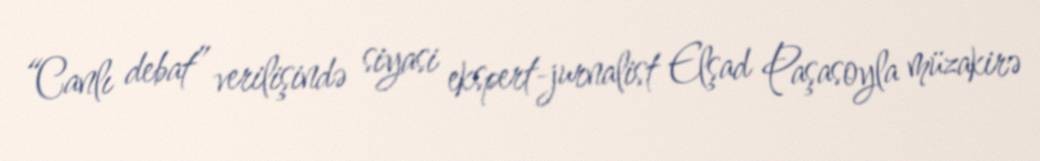
“Canlı debat” verilişində siyasi ekspert-jurnalist Elşad Paşasoyla müzakirə